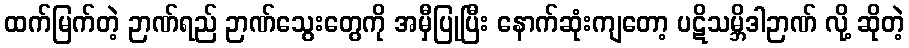
ထက်မြက်တဲ့ ဉာဏ်ရည် ဉာဏ်သွေးတွေကို အမှီပြုပြီး နောက်ဆုံးကျတော့ ပဋိသမ္ဘိဒါဉာဏ် လို့ ဆိုတဲ့